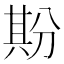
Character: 𠔡